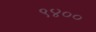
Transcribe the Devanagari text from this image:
९४००